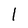
Character: l